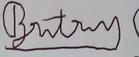
Signature authenticity: forged